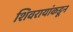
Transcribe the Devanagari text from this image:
शिवरायांकडून